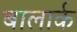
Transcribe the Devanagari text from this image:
बालार्क